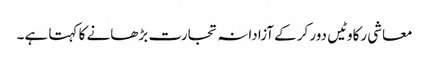
معاشی رکاوٹیں دور کرکے آزادانہ تجارت بڑھانے کا کہتا ہے۔